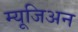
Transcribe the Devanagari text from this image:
म्यूजिअन